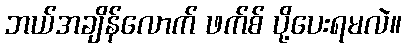
ဘယ်အချိန်လောက် ဖက်စ် ပို့ပေးရမလဲ။